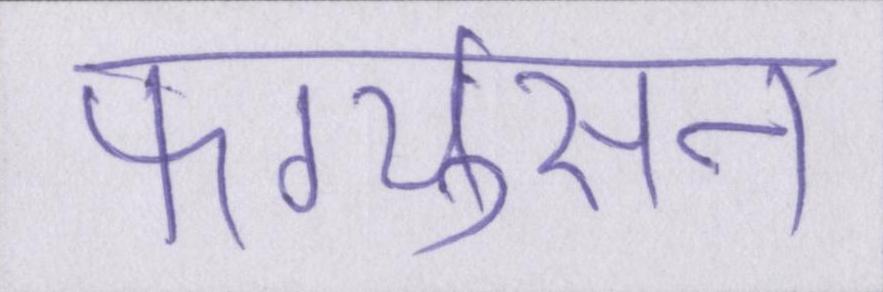
फर्ग्युसन